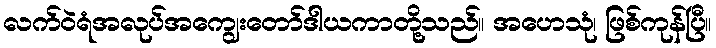
လက်ဝဲရံအလုပ်အကျွေးတော်ဒါယကာတို့သည်။ အဟေသုံ၊ ဖြစ်ကုန်ပြီ။